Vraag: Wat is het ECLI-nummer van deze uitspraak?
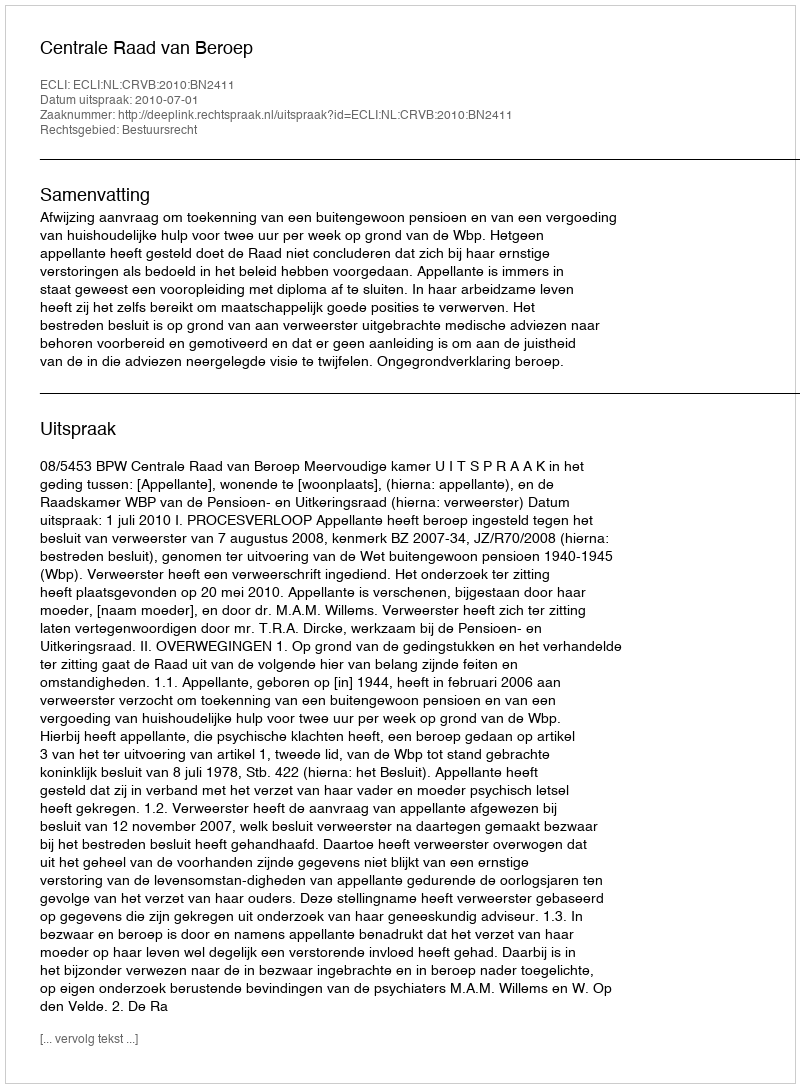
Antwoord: ECLI:NL:CRVB:2010:BN2411